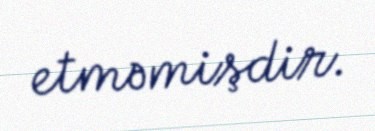
etməmişdir.